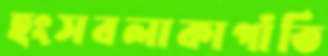
হংসবলাকাপাঁতি